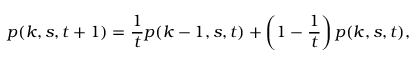
p ( k , s , t + 1 ) = { \frac { 1 } { t } } p ( k - 1 , s , t ) + \left( 1 - { \frac { 1 } { t } } \right) p ( k , s , t ) ,